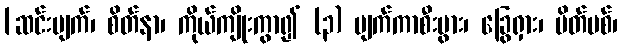
[ဆင်းပျက်၊ စိတ်နာ၊ ကိုယ်ကျိုးကွာ၍ (၃) ပျက်ကာစီးပွား၊ ခြွေရှား၊ မိတ်ပစ်၊